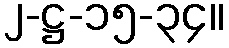
၂-ဋ္ဌ-၁၅-၃၄။